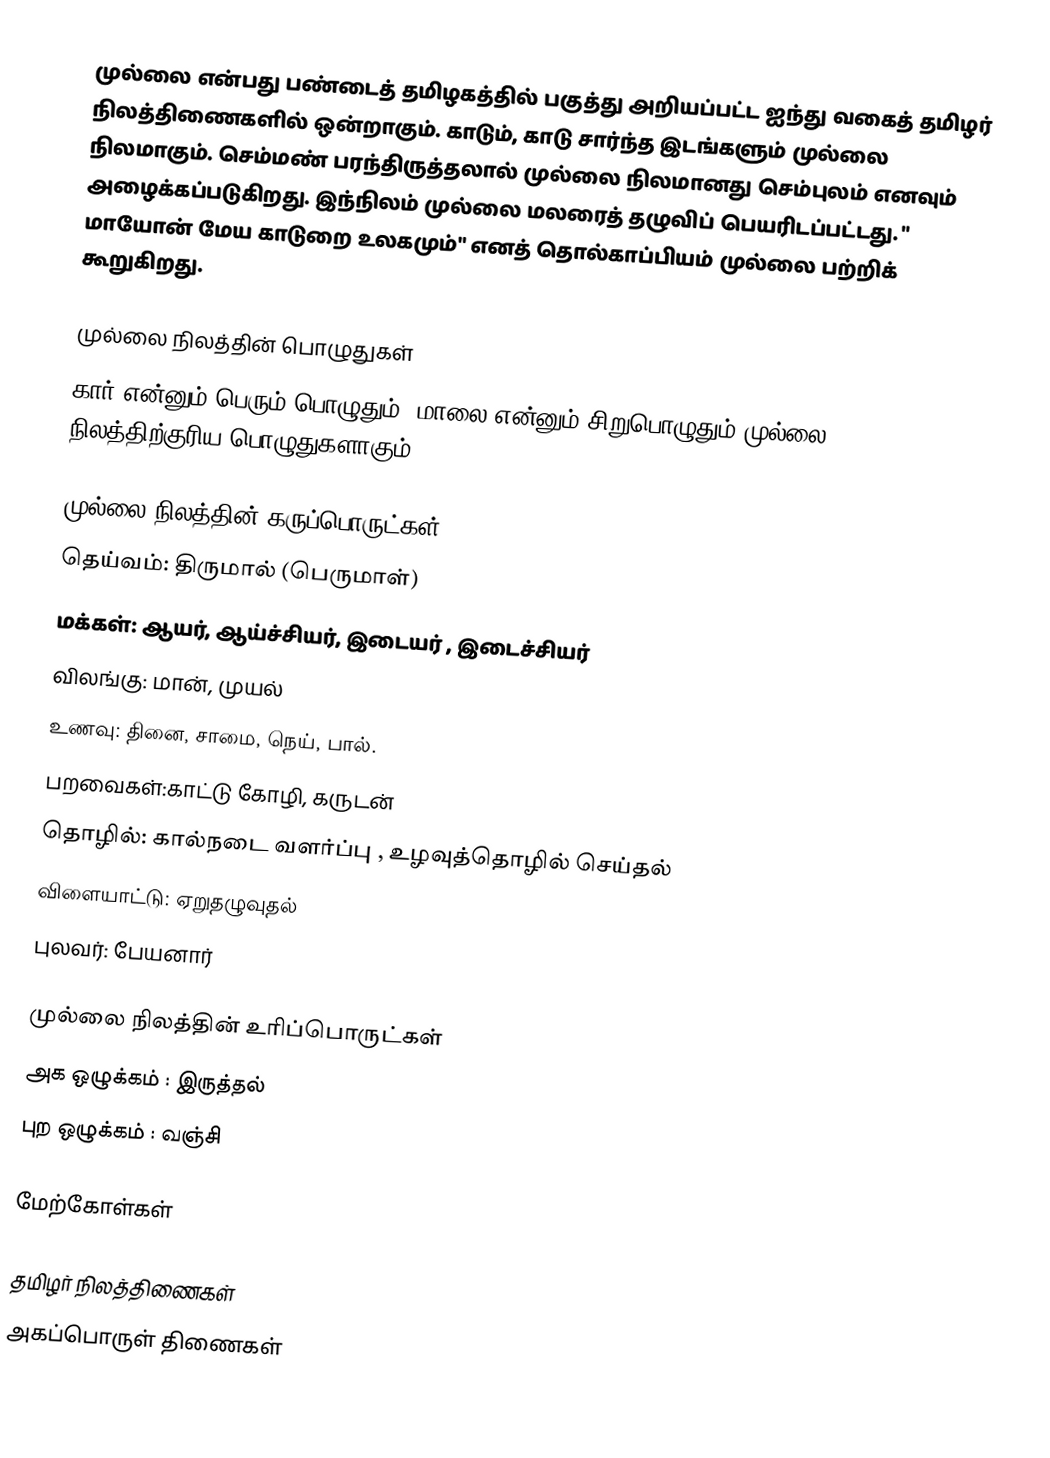
முல்லை என்பது பண்டைத் தமிழகத்தில் பகுத்து அறியப்பட்ட ஐந்து வகைத் தமிழர் நிலத்திணைகளில் ஒன்றாகும். காடும், காடு சார்ந்த இடங்களும் முல்லை நிலமாகும். செம்மண் பரந்திருத்தலால் முல்லை நிலமானது செம்புலம் எனவும் அழைக்கப்படுகிறது. இந்நிலம் முல்லை மலரைத் தழுவிப் பெயரிடப்பட்டது. " மாயோன் மேய காடுறை உலகமும்" எனத் தொல்காப்பியம் முல்லை பற்றிக் கூறுகிறது.

முல்லை நிலத்தின் பொழுதுகள்
கார் என்னும் பெரும் பொழுதும், மாலை என்னும் சிறுபொழுதும் முல்லை நிலத்திற்குரிய பொழுதுகளாகும்.

முல்லை நிலத்தின் கருப்பொருட்கள்
 தெய்வம்: திருமால் (பெருமாள்)
 மக்கள்: ஆயர், ஆய்ச்சியர், இடையர் , இடைச்சியர்
 விலங்கு: மான், முயல்
 உணவு: தினை, சாமை, நெய், பால்.
 பறவைகள்:காட்டு கோழி, கருடன்
 தொழில்: கால்நடை வளர்ப்பு ,  உழவுத்தொழில் செய்தல்
 விளையாட்டு: ஏறுதழுவுதல்
 புலவர்: பேயனார்

முல்லை நிலத்தின் உரிப்பொருட்கள்
 அக ஒழுக்கம் : இருத்தல்
 புற ஒழுக்கம் : வஞ்சி

மேற்கோள்கள்

தமிழர் நிலத்திணைகள்
அகப்பொருள் திணைகள்